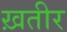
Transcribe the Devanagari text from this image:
ख़तीर